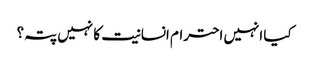
کیا انہیں احترام انسانیت کا نہیں پتہ؟